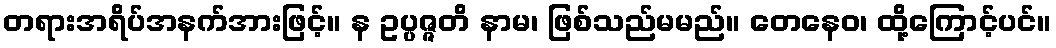
တရားအရိပ်အနက်အားဖြင့်။ န ဥပ္ပဇ္ဇတိ နာမ၊ ဖြစ်သည်မမည်။ တေနေဝ၊ ထို့ကြောင့်ပင်။